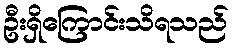
ဦးရှိကြောင်းသိရသည်